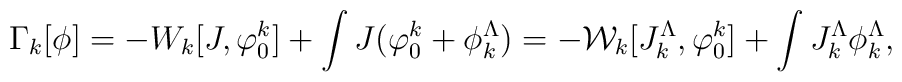
\Gamma_k[\phi]=-W_k[J,\varphi_0^k]+\int J(\varphi_0^k+\phi_k^{\Lambda})=-{\mathcal W}_k [J_k^{\Lambda},\varphi_0^k]+\int J_k^{\Lambda}\phi_k^{\Lambda},